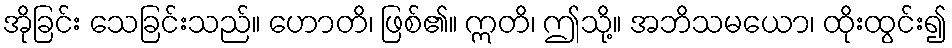
အိုခြင်း သေခြင်းသည်။ ဟောတိ၊ ဖြစ်၏။ ဣတိ၊ ဤသို့။ အဘိသမယော၊ ထိုးထွင်း၍